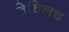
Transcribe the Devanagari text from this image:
तेथिलच